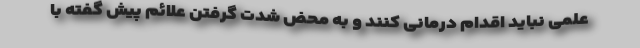
علمی نباید اقدام درمانی کنند و به محض شدت گرفتن علائم پیش گفته با